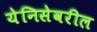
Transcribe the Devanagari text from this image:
येनिसेवरील